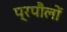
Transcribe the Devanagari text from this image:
प्रपौलों